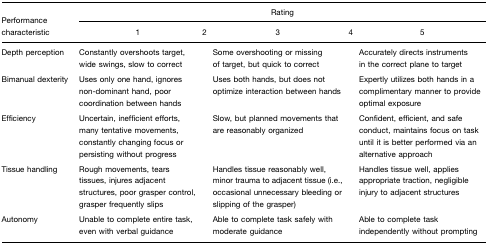
<table><thead><tr><td><b>Performance</b></td><td colspan="5"><b>Rating</b></td></tr><tr><td><b>characteristic</b></td><td><b>1</b></td><td><b>2</b></td><td><b>3</b></td><td><b>4</b></td><td><b>5</b></td></tr></thead><tbody><tr><td>Depth perception</td><td>Constantly overshoots target, wide swings, slow to correct</td><td></td><td>Some overshooting or missing of target, but quick to correct</td><td></td><td>Accurately directs instruments in the correct plane to target</td></tr><tr><td>Bimanual dexterity</td><td>Uses only one hand, ignores non-dominant hand, poor coordination between hands</td><td></td><td>Uses both hands, but does not optimize interaction between hands</td><td></td><td>Expertly utilizes both hands in a complimentary manner to provide optimal exposure</td></tr><tr><td>Efficiency</td><td>Uncertain, inefficient efforts, many tentative movements, constantly changing focus or persisting without progress</td><td></td><td>Slow, but planned movements that are reasonably organized</td><td></td><td>Confident, efficient, and safe conduct, maintains focus on task until it is better performed via an alternative approach</td></tr><tr><td>Tissue handling</td><td>Rough movements, tears tissues, injures adjacent structures, poor grasper control, grasper frequently slips</td><td></td><td>Handles tissue reasonably well, minor trauma to adjacent tissue (i.e., occasional unnecessary bleeding or slipping of the grasper)</td><td></td><td>Handles tissue well, applies appropriate traction, negligible injury to adjacent structures</td></tr><tr><td>Autonomy</td><td>Unable to complete entire task, even with verbal guidance</td><td></td><td>Able to complete task safely with moderate guidance</td><td></td><td>Able to complete task independently without prompting</td></tr></tbody></table>